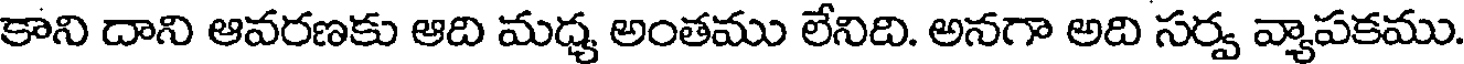
కాని దాని ఆవరణకు ఆది మధ్య అంతము లేనిది. అనగా అది సర్వ వ్యాపకము